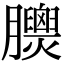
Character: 𦣁